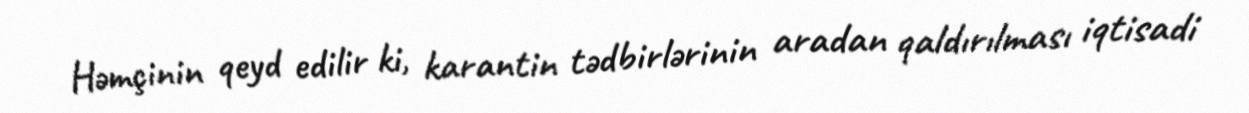
Həmçinin qeyd edilir ki, karantin tədbirlərinin aradan qaldırılması iqtisadi